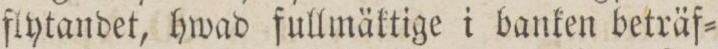
flytandet, hwad fullmäktige i banken beträf=